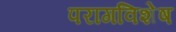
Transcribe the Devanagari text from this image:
परागविशेष